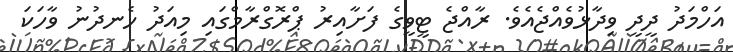
އަހްމަދު ދީދީ ވިދާޅުވެއްޖެއެވެ. ރާއްޖެ ޓީވީގެ ފަށާއިރު ޕްރޮގްރާމްގައި މިއަދު ހެނދުނު ވާހަކަ